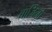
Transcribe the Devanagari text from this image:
चार्जिनो